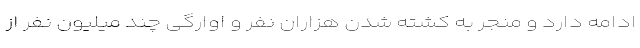
ادامه دارد و منجر به کشته شدن هزاران نفر و اوارگی چند میلیون نفر از